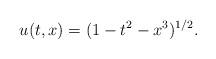
LaTeX: \begin{align*} u(t,x) = (1-t^2-x^3)^{1/2}. \end{align*}